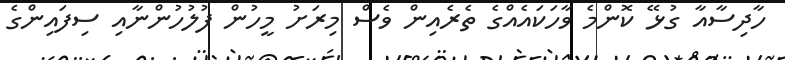
ހާދިސާއާ ގުޅޭ ކޮންމެ ވާހަކައެއްގެ ތެރެއިން ވެސް މިރަށު މީހުން ފުލުހުންނާއި ސިފައިންގެ